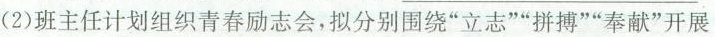
(2)班主任计划组织青春励志会，拟分别围绕”立志””拼搏””奉献”开展